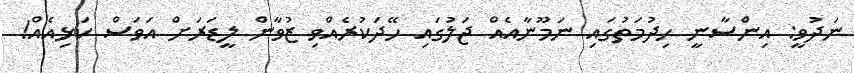
ނަދުވީ: އިންސާނީ ހިދުމަތުގައި ނަމޫނާއެއް ޖަލުގައި ހޭދަކުރެއްވި ޒުވާން ލީޑަރަށް އަވަސް ކަޅިއެއް!